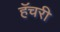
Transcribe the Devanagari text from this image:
हॅचरी